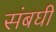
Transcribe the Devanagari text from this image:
संबघी